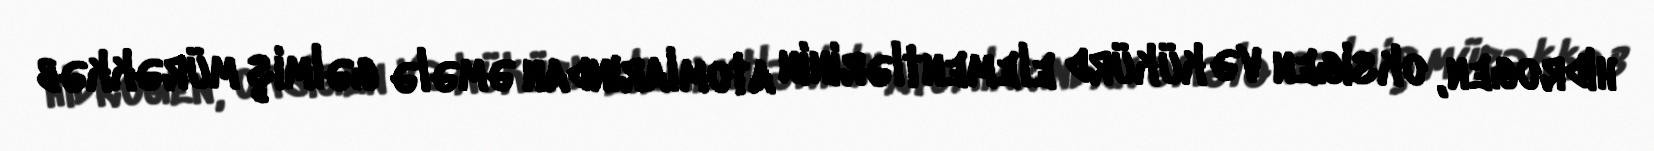
hidrogen, oksigen və kükürd elementlərinin atomlarından əmələ gəlmiş mürəkkəb